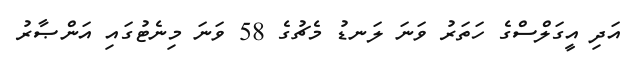
އަދި އީގަލްސްގެ ހަތަރު ވަނަ ލަނޑު މެޗުގެ 58 ވަނަ މިނެޓުގައި އަންޞާރު